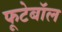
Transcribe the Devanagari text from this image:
फूटेबॉल